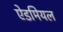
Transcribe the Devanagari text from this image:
ऐडमियल